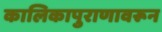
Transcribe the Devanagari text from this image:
कालिकापुराणावरून